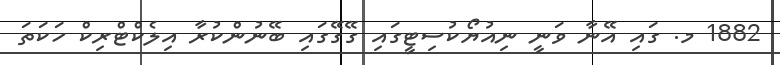
1882 މ. ގައި އޭނާ ވަނީ ނިއުޔޯކުސިޓީގައި ގޭގޭގައި ބޭނުންކުރާ އިލެކްޓްރިކް ހަކަތަ